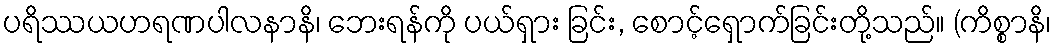
ပရိဿယဟရဏပါလနာနိ၊ ဘေးရန်ကို ပယ်ရှား ခြင်း, စောင့်ရှောက်ခြင်းတို့သည်။ (ကိစ္စာနိ၊